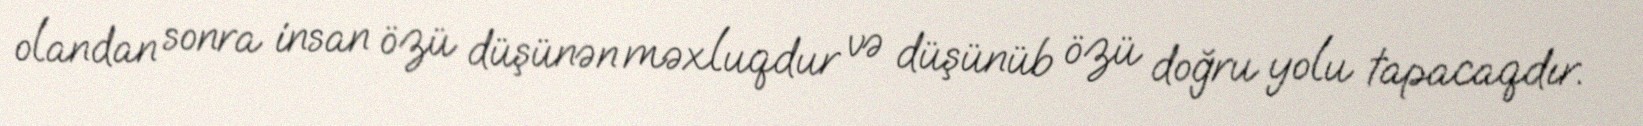
olandan sonra insan özü düşünən məxluqdur və düşünüb özü doğru yolu tapacaqdır.